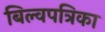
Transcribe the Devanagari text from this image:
बिल्वपत्रिका